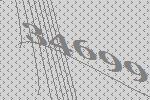
34699